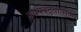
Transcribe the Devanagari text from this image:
अवयवद्वयात्मक